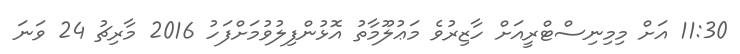
11:30 އަށް މިމިނިސްޓްރީއަށް ހާޒިރުވެ މަޢުލޫމާތު އޮޅުންފިލުވުމަށްފަހު 2016 މާރިޗު 24 ވަނަ